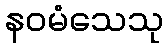
နဝမံသေသု